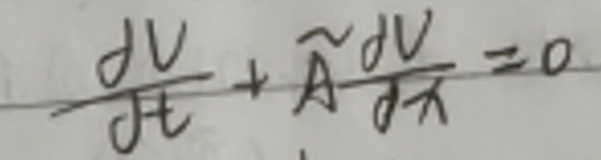
$\frac{\partial V}{\partial t}+\widetilde{A}\frac{\partial V}{\partial x}=0$